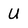
Character: U